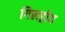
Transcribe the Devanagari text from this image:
गिलड्रोय